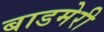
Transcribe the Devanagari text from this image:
बाडमेरी